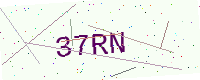
Text: 37RN